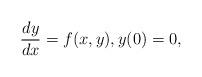
LaTeX: \begin{align*}\frac{dy}{dx}=f(x,y), y(0)=0, \end{align*}